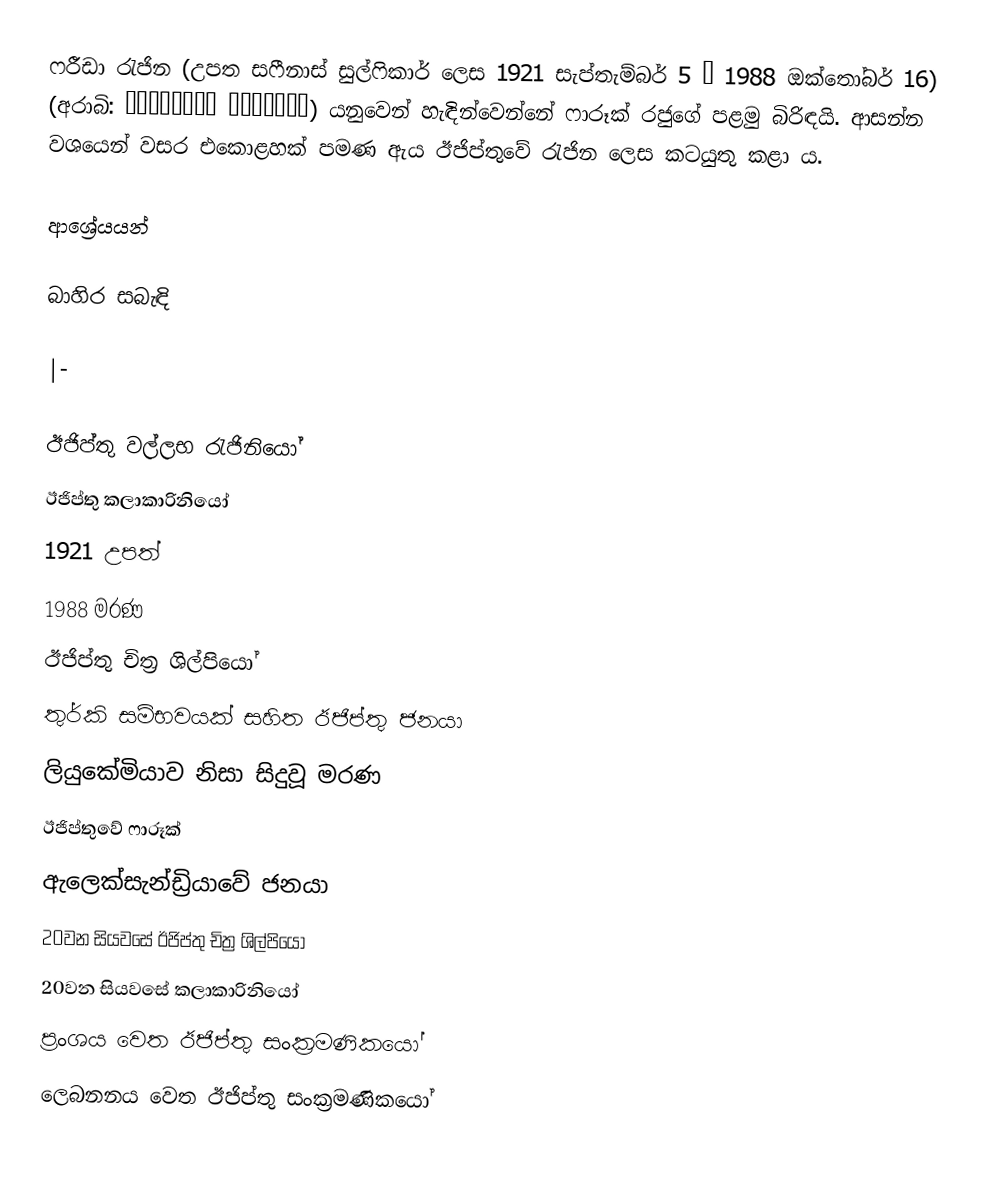
ෆරීඩා රැජින (උපත සෆීනාස් සුල්ෆිකාර් ලෙස 1921 සැප්තැම්බර් 5 – 1988 ඔක්තෝබර් 16) (අරාබි: صافيناز ذوالفقار) යනුවෙන් හැඳින්වෙන්නේ ෆාරූක් රජුගේ පළමු බිරිඳයි. ආසන්න වශයෙන් වසර එකොළහක් පමණ ඇය ඊජිප්තුවේ රැජින ලෙස කටයුතු කළා ය.

ආශ්‍රේයයන්

බාහිර සබැඳි

|-

ඊජිප්තු වල්ලභ රැජිනියෝ
ඊජිප්තු කලාකාරිනියෝ
1921 උපත්
1988 මරණ
ඊජිප්තු චිත්‍ර ශිල්පියෝ
තුර්කි සම්භවයක් සහිත ඊජිප්තු ජනයා
ලියුකේමියාව නිසා සිදුවූ මරණ
ඊජිප්තුවේ ෆාරූක්
ඇලෙක්සැන්ඩ්‍රියාවේ ජනයා
20වන සියවසේ ඊජිප්තු චිත්‍ර ශිල්පියෝ
20වන සියවසේ කලාකාරිනියෝ
ප්‍රංශය වෙත ඊජිප්තු සංක්‍රමණිකයෝ
ලෙබනනය වෙත ඊජිප්තු සංක්‍රමණිකයෝ